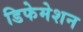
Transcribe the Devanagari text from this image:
डिफेमेशन